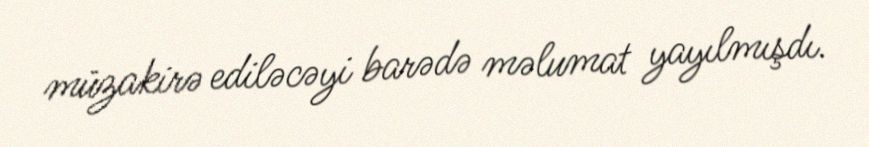
müzakirə ediləcəyi barədə məlumat yayılmışdı.